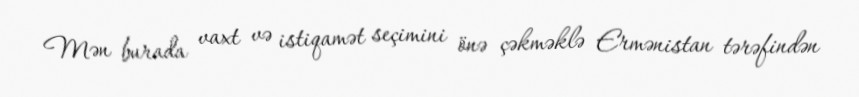
Mən burada vaxt və istiqamət seçimini önə çəkməklə Ermənistan tərəfindən